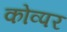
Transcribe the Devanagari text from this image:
कोव्पर